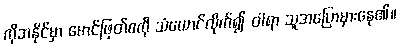
ကိုဘနိုင်မှာ မောင်ဖြတ်စကို သံယောင်လိုက်၍ ဝါရာ သူအပြောမှားနေ၏။